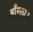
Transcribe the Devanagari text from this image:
बाँग्ला।